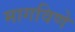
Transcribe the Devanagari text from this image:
मागविणे